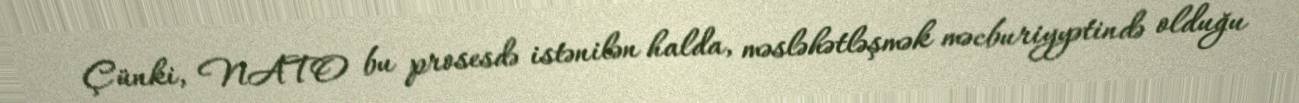
Çünki, NATO bu prosesdə istənilən halda, məsləhətləşmək məcburiyyətində olduğu